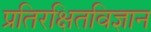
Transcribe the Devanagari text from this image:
प्रतिरक्षितविज्ञान